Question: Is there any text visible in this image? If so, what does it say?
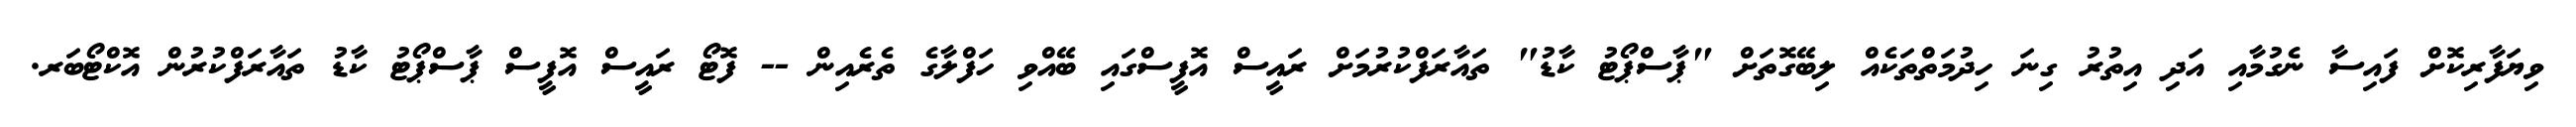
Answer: ވިޔަފާރިކޮށް ފައިސާ ނެގުމާއި އަދި އިތުރު ގިނަ ހިދުމަތްތަކެއް ލިބޭގޮތަށް "ޕާސްޕޯޓު ކާޑު" ތައާރަފްކުރުމަށް ރައީސް އޮފީސްގައި ބޭއްވި ހަފްލާގެ ތެރެއިން -- ފޮޓޯ ރައީސް އޮފީސް ޕާސްޕޯޓު ކާޑު ތައާރަފްކުރުން އޮކްޓޯބަރ.